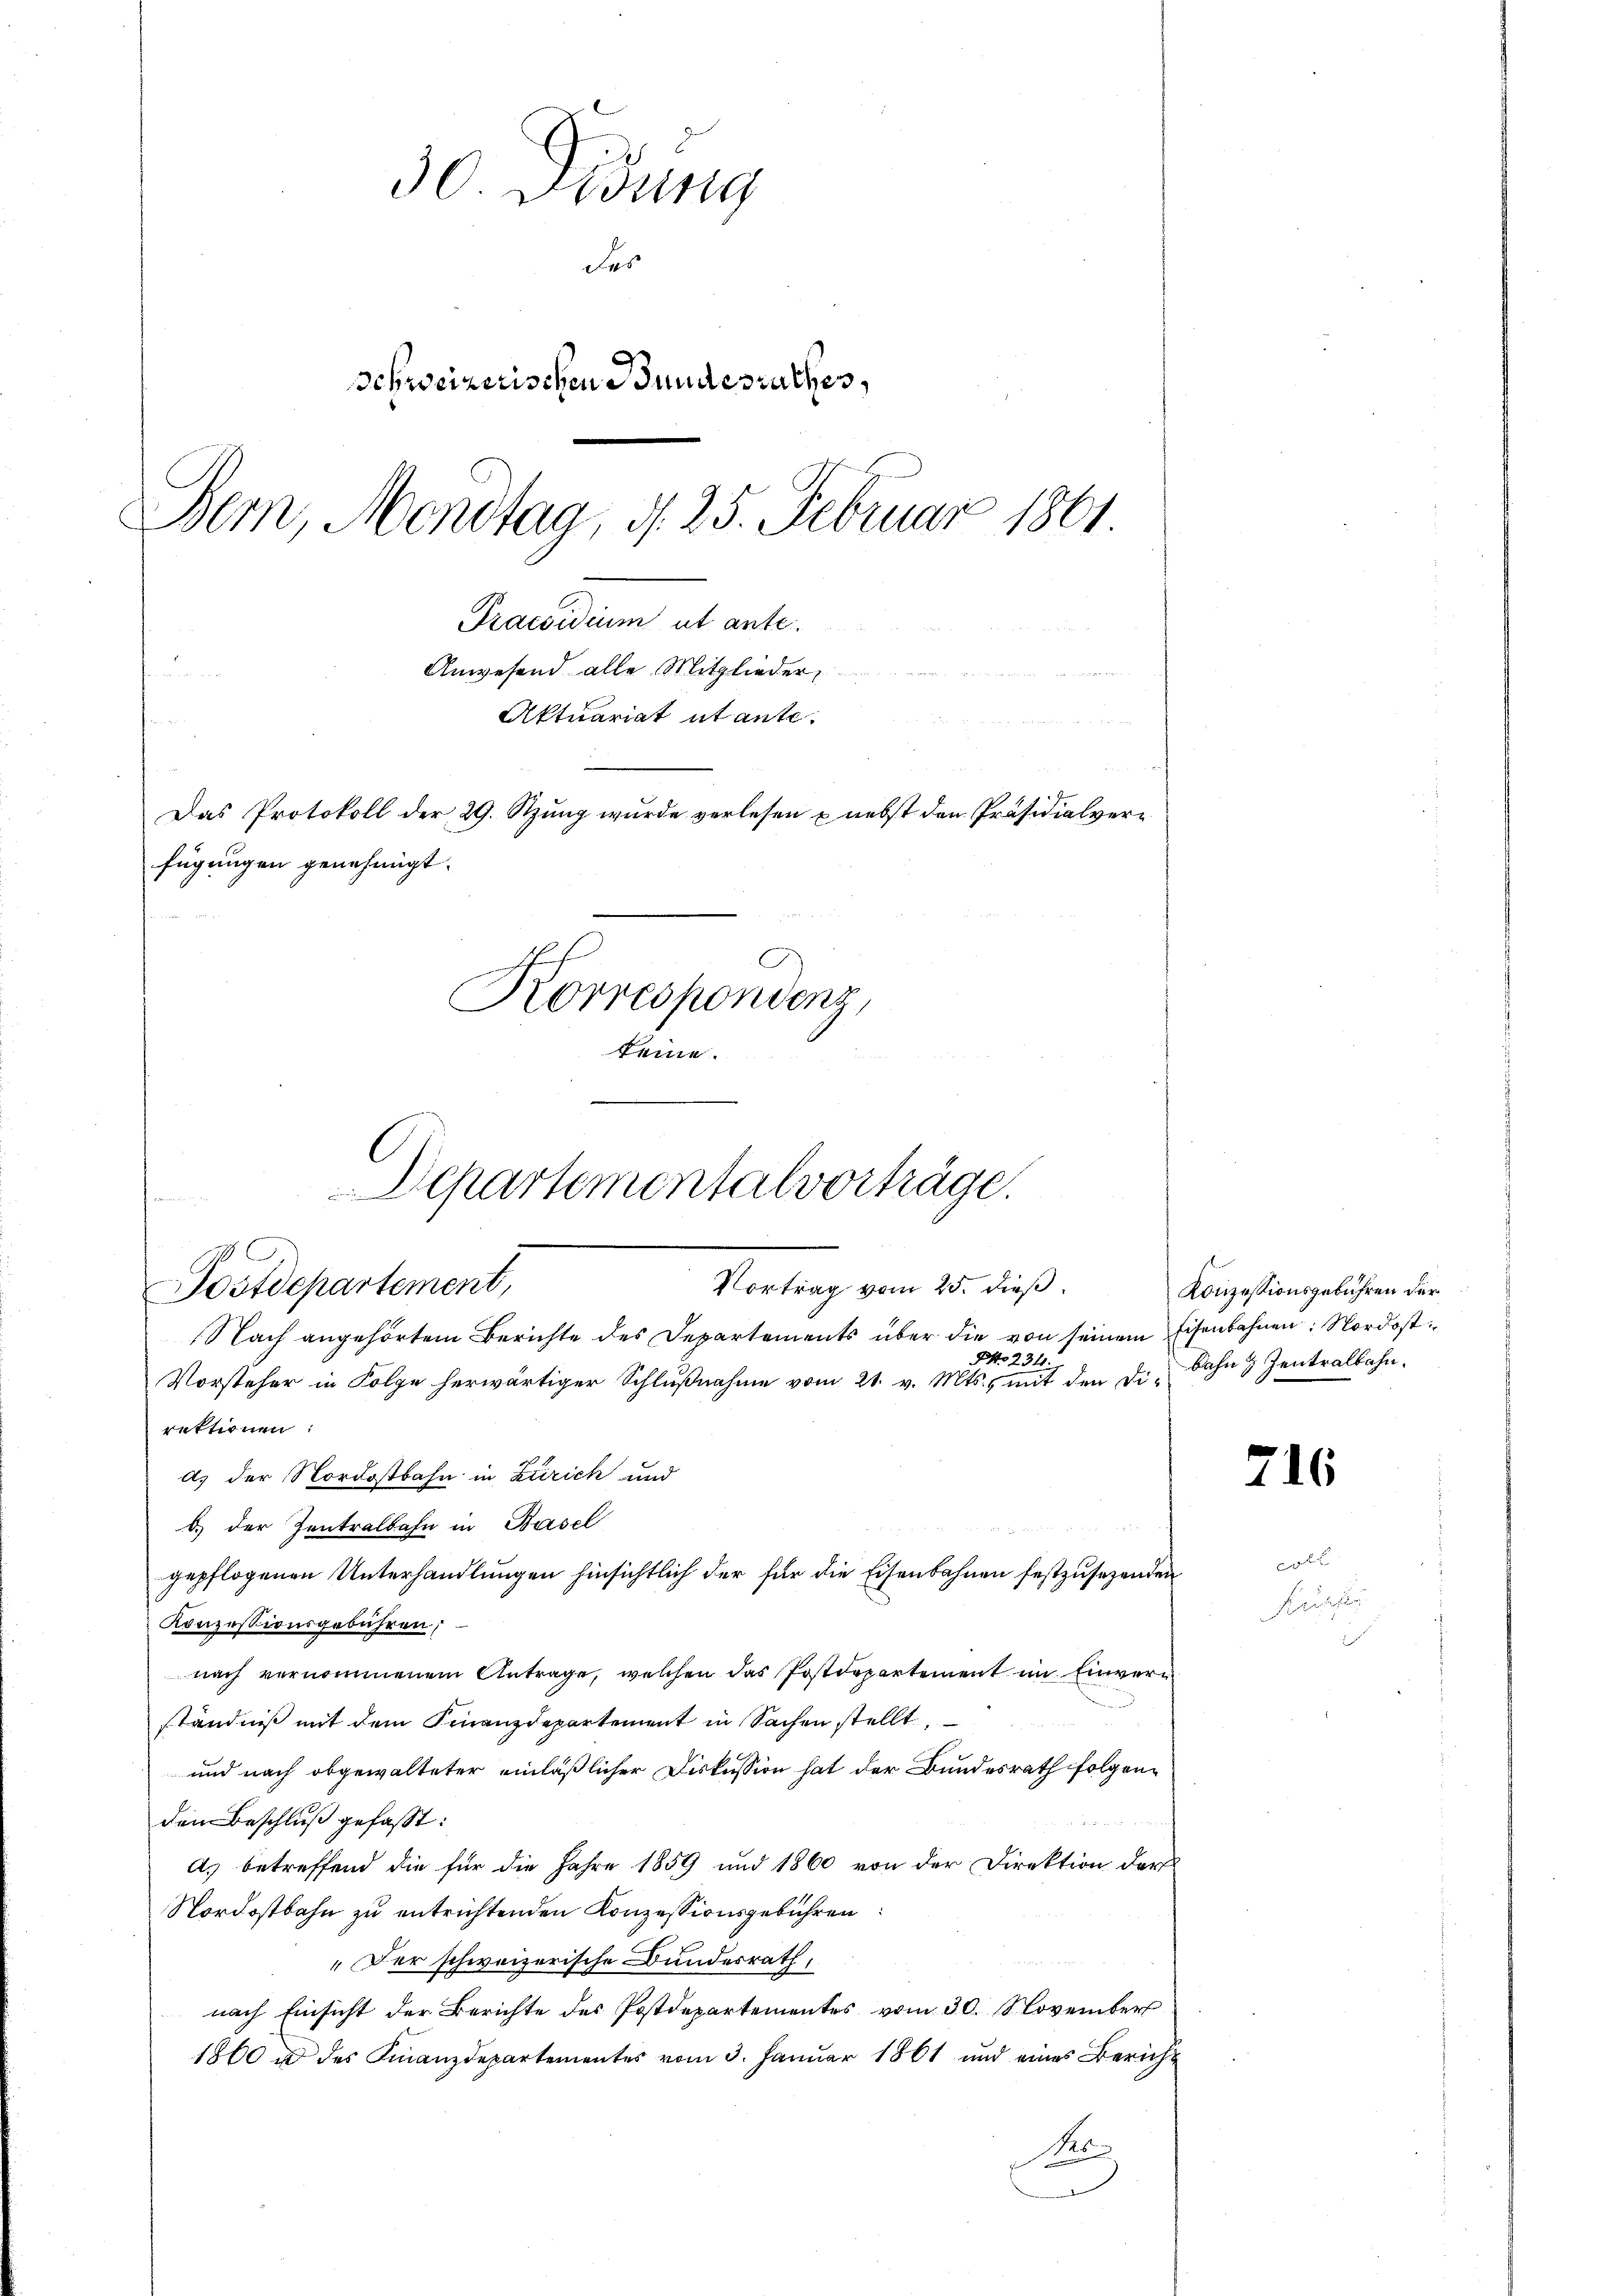
30. Sedung
des
Schweizerischen Bundesrathes,
Bem, Mendtag, d. 25. Februar 1861
Praesidium ut ante
Anwesend alle Mitglieder
Aktuariat utante.

Das Protokoll der 29. Szung wurde verlesen & nebst den Präsidialverfügungen genehmigt.
Korrespondens.
i
keine.

Departementalvorträge.
n
Vortrag vom 25. dieß.
Postdepartement,
Nach angehörtem Berichte des Departements über die von seinem Eisenbahnen: Nordost¬
Pto 234.

d) der Nordostbahn in Zürich und

Vorsteher in Folge herwärtiger Schlußnahme vom 21. v. Mts., mit den Di¬

rektionen
b.) der Zentralbahn in Basel

gepflogenen Unterhandlungen hinsichtlich der für die Eisenbahnen festzusehenden
Konzessionsgebühren;
nach vernommenem Antrage, welchen das Postdepartement im Einverständniß mit dem Finanzdepartement in Sachen stellt,
und nach obgewalteter einläßlicher Diskussion hat der Bundesrath folgendem Beschluß gefaßt:
A. betreffend die für die Jahre 1859 und 1860 von der Direktion darf
Nordostbahn zu entrichtenden Konzessionsgebühren
„Der schweizerische Bundesrath,
nach Einsicht der Berichte des Postdepartementes vom 30. November
1860 u des Finanzdepartementes vom 3. Januar 1861 und eines Bericht
Pro

Konzessionsgebühren der
Bahn  Zentralbahn.

216

Eigen
Freeser
2